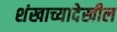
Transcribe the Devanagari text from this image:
शंखाच्यादेखील